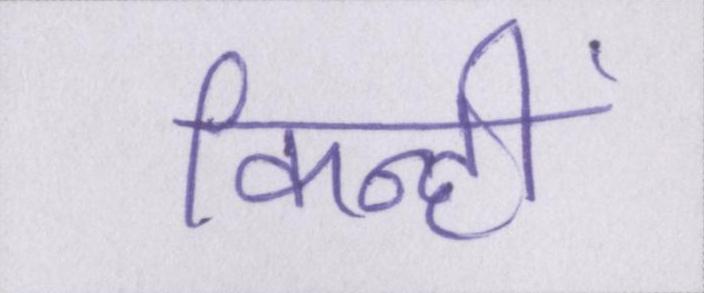
किन्हीं